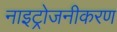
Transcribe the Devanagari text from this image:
नाइट्रोजनीकरण